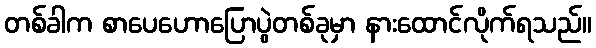
တစ်ခါက စာပေဟောပြောပွဲတစ်ခုမှာ နားထောင်လိုက်ရသည်။